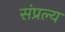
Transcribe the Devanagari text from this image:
संप्रल्य